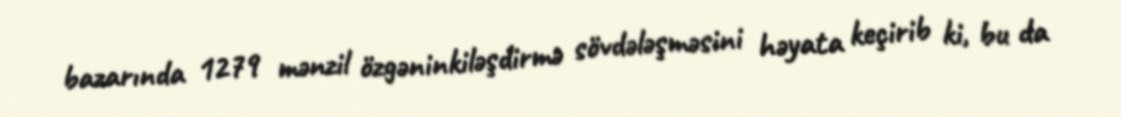
bazarında 1279 mənzil özgəninkiləşdirmə sövdələşməsini həyata keçirib ki, bu da